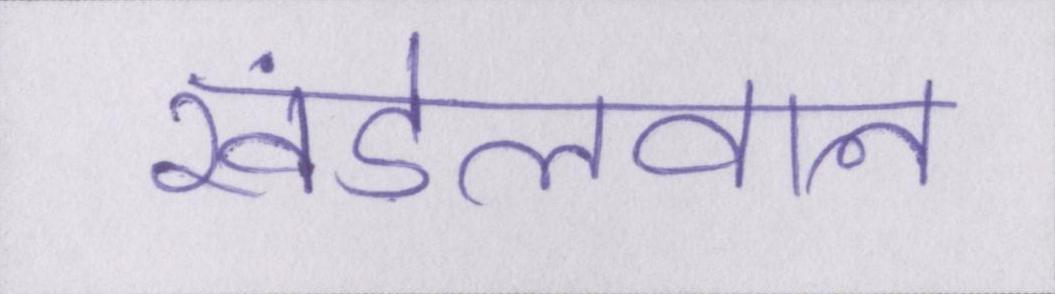
खंडेलवाल